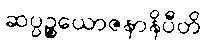
ဆပ္ပဉ္စယောဇနာနိပီတိ